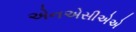
એનએસીએએ